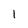
Character: I